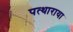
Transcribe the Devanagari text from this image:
पत्थाराया